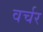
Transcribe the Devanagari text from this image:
वर्चर